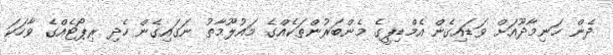
ދެން ހަނިމާދޫއަށް ވަޑައިގެން އެމްޑިޕީގެ މެންބަރުންތަކެއްގެ މައުލޫމާތު ނަގައިގެން ހެދި ރިޕޯޓެއްގެ ވާހަކަ